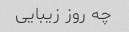
چه روز زیبایی